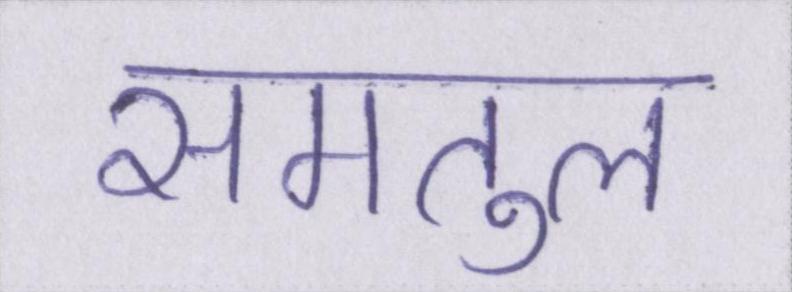
समतुल